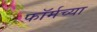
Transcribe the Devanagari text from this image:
फॉर्मच्या